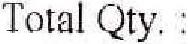
TOTAL QTY. :